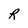
Character: R